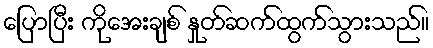
ပြောပြီး ကိုအေးချစ် နှုတ်ဆက်ထွက်သွားသည်။